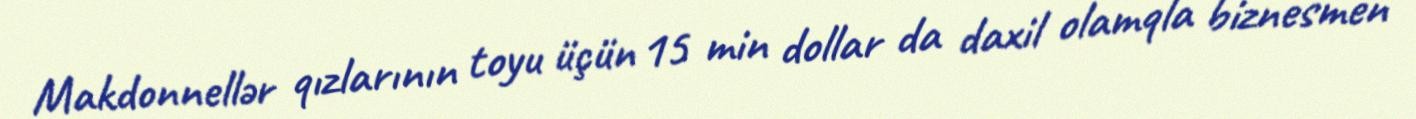
Makdonnellər qızlarının toyu üçün 15 min dollar da daxil olamqla biznesmen